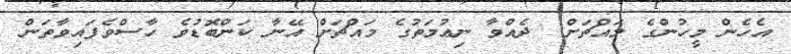
އެހެން މީހުންގެ މައްޗަށް  ދެއްވާ ނިޢުމަތުގެ މައްޗަށް އޭނާ ކަންބޮޑުވެ ހާސްވެފައިވާތަން